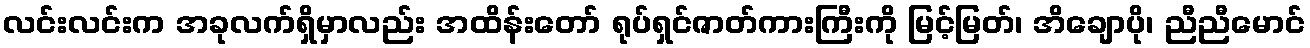
လင်းလင်းက အခုလက်ရှိမှာလည်း အထိန်းတော် ရုပ်ရှင်ဇာတ်ကားကြီးကို မြင့်မြတ်၊ အိချောပို၊ ညီညီမောင်